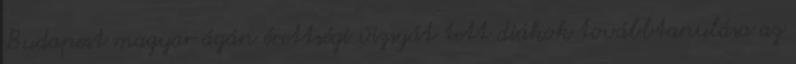
Budapest magyar ágán érettségi vizsgát tett diákok továbbtanulása az